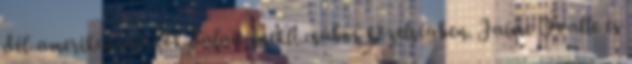
dél-amerikai szerzők dalait énekli csábos közelségben. Jaime Ovalle és